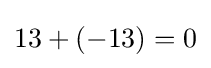
13+(-13)=0